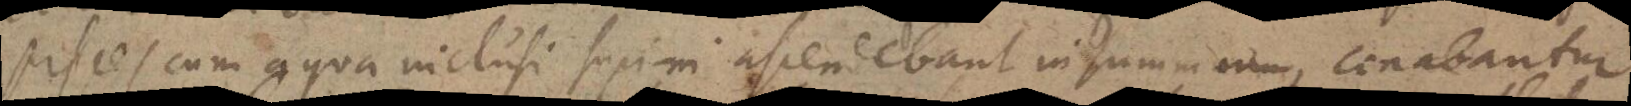
pisces cum aqua inclusi supini ascendebant in summam, conabantur